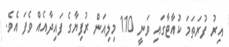
އިރު ފުރަތަމަ ކުއާޓާގައި ވަނީ 110 މިލިއަން ރުފިޔާގެ ފައިދާއެއް ވެފަ އެވެ.